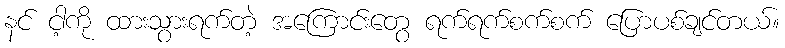
နင် ငါ့ကို ထားသွားရက်တဲ့ အကြောင်းတွေ ရက်ရက်စက်စက် ပြောပစ်ချင်တယ်။